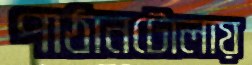
পাঠানটোলায়